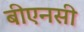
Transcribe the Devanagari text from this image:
बीएनसी